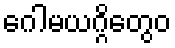
ဂေါမယဂ္ဂိတွေဝ